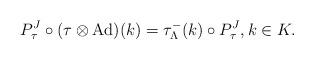
LaTeX: \begin{align*}P^J_\tau \circ (\tau\otimes \mathrm{Ad})(k)=\tau_\Lambda^-(k)\circ P^J_\tau,k\in K.\end{align*}